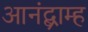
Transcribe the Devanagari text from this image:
आनंद्ब्राम्ह